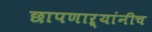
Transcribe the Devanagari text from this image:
छापणाऱ्यांनीच